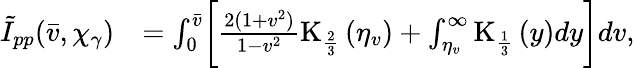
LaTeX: \begin{array}{rl}{\tilde{I}_{pp}(\bar{v},\chi_{\gamma})}&{=\int_{0}^{\bar{v}}\biggl[\frac{2(1+v^{2})}{1-v^{2}}\mathrm{K}_{\frac{2}{3}}\left(\eta_{v}\right)+\int_{\eta_{v}}^{\infty}\mathrm{K}_{\frac{1}{3}}\left(y\right)dy\biggr]dv,}\end{array}